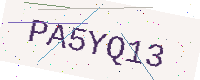
Text: PA5YQ13